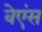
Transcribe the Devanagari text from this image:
वेएंस